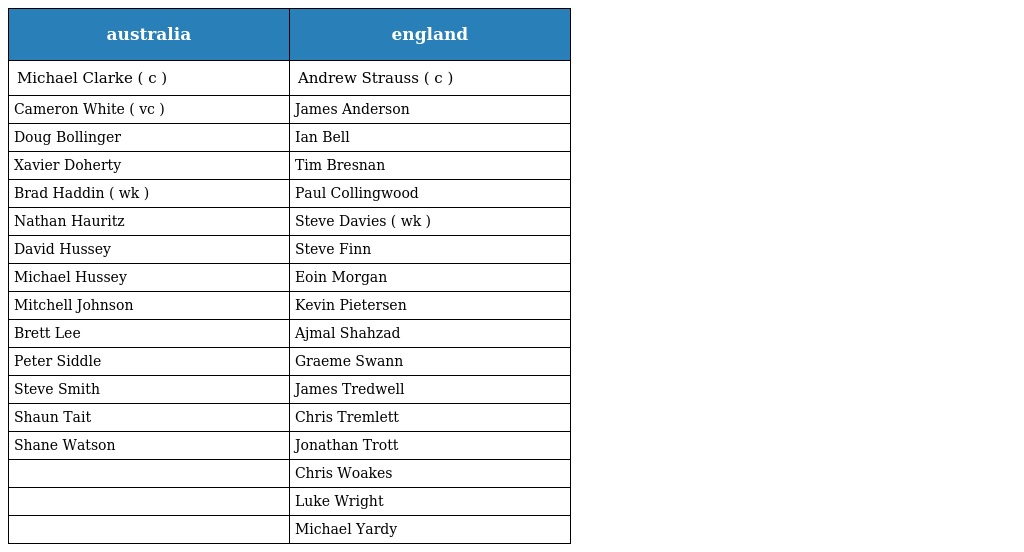
| australia | england |
 | --- | --- |
 | Michael Clarke ( c ) | Andrew Strauss ( c ) |
 | Cameron White ( vc ) | James Anderson |
 | Doug Bollinger | Ian Bell |
 | Xavier Doherty | Tim Bresnan |
 | Brad Haddin ( wk ) | Paul Collingwood |
 | Nathan Hauritz | Steve Davies ( wk ) |
 | David Hussey | Steve Finn |
 | Michael Hussey | Eoin Morgan |
 | Mitchell Johnson | Kevin Pietersen |
 | Brett Lee | Ajmal Shahzad |
 | Peter Siddle | Graeme Swann |
 | Steve Smith | James Tredwell |
 | Shaun Tait | Chris Tremlett |
 | Shane Watson | Jonathan Trott |
 |  | Chris Woakes |
 |  | Luke Wright |
 |  | Michael Yardy |